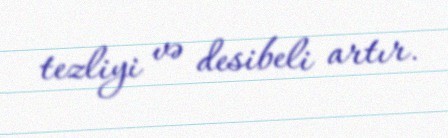
tezliyi və desibeli artır.